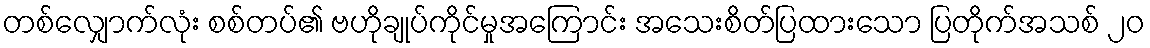
တစ်လျှောက်လုံး စစ်တပ်၏ ဗဟိုချုပ်ကိုင်မှုအကြောင်း အသေးစိတ်ပြထားသော ပြတိုက်အသစ် ၂၀